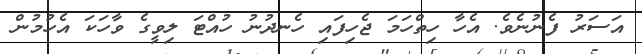
އަސަރު ފެނުނެވެ. އެހާ ހިތްހަމަ ޖެހިފައި ހެނދުނު ހުއްޓަ ލިވީގެ ވާހަކަ އެހުމުން